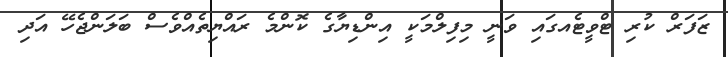
ޒަފަރް ކުރި ޓްވީޓެއގައި ވަނީ މިފިލްމަކީ އިންޑިޔާގެ ކޮންމެ ރައްޔިތެއްވެސް ބަލަންޖެހޭ އަދި